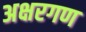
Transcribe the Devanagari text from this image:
अक्षरगण